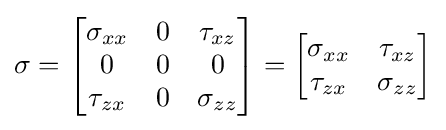
\sigma =\left[{\begin{matrix}\sigma _{xx}&0&\tau _{xz}\\0&0&0\\\tau _{zx}&0&\sigma _{zz}\\\end{matrix}}\right]=\left[{\begin{matrix}\sigma _{xx}&\tau _{xz}\\\tau _{zx}&\sigma _{zz}\\\end{matrix}}\right]